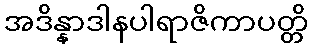
အဒိန္နာဒါနပါရာဇိကာပတ္တိ